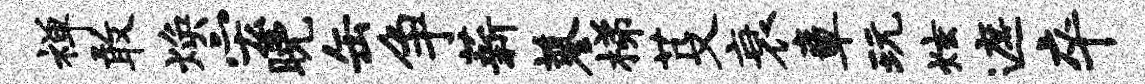
禅敢焕宏晚缶争薪蓼梯芟衰章玩炫遮卒